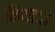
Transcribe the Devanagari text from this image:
कियाद्।